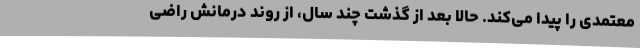
معتمدی را پیدا می‌کند. حالا بعد از گذشت چند سال، از روند درمانش راضی